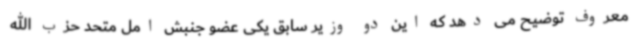
معروف توضیح می دهد که این دو وزیر سابق یکی عضو جنبش امل متحد حزب الله